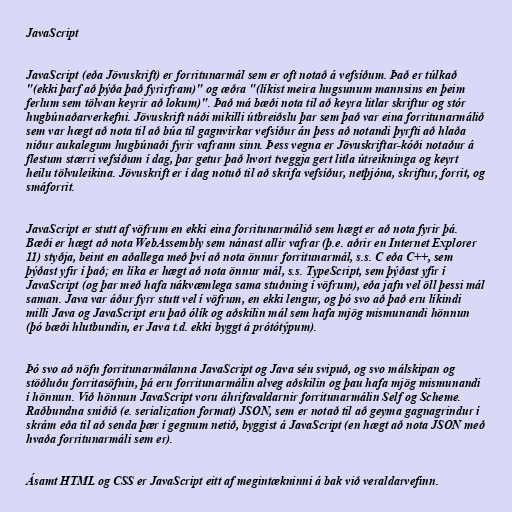
JavaScript

JavaScript (eða Jövuskrift) er forritunarmál sem er oft notað á vefsíðum. Það er túlkað
"(ekki þarf að þýða það fyrirfram)" og æðra "(líkist meira hugsunum mannsins en þeim
ferlum sem tölvan keyrir að lokum)". Það má bæði nota til að keyra litlar skriftur og stór
hugbúnaðarverkefni. Jövuskrift náði mikilli útbreiðslu þar sem það var eina forritunarmálið
sem var hægt að nota til að búa til gagnvirkar vefsíður án þess að notandi þyrfti að hlaða
niður aukalegum hugbúnaði fyrir vafrann sinn. Þess vegna er Jövuskriftar-kóði notaður á
flestum stærri vefsíðum í dag, þar getur það hvort tveggja gert litla útreikninga og keyrt
heilu tölvuleikina. Jövuskrift er í dag notuð til að skrifa vefsíður, netþjóna, skriftur, forrit, og
smáforrit.

JavaScript er stutt af vöfrum en ekki eina forritunarmálið sem hægt er að nota fyrir þá.
Bæði er hægt að nota WebAssembly sem nánast allir vafrar (þ.e. aðrir en Internet Explorer
11) styðja, beint en aðallega með því að nota önnur forritunarmál, s.s. C eða C++, sem
þýðast yfir í það; en líka er hægt að nota önnur mál, s.s. TypeScript, sem þýðast yfir í
JavaScript (og þar með hafa nákvæmlega sama stuðning í vöfrum), eða jafn vel öll þessi mál
saman. Java var áður fyrr stutt vel í vöfrum, en ekki lengur, og þó svo að það eru líkindi
milli Java og JavaScript eru það ólík og aðskilin mál sem hafa mjög mismunandi hönnun
(þó bæði hlutbundin, er Java t.d. ekki byggt á prótótýpum).

Þó svo að nöfn forritunarmálanna JavaScript og Java séu svipuð, og svo málskipan og
stöðluðu forritasöfnin, þá eru forritunarmálin alveg aðskilin og þau hafa mjög mismunandi
í hönnun. Við hönnun JavaScript voru áhrifavaldarnir forritunarmálin Self og Scheme.
Raðbundna sniðið (e. serialization format) JSON, sem er notað til að geyma gagnagrindur í
skrám eða til að senda þær í gegnum netið, byggist á JavaScript (en hægt að nota JSON með
hvaða forritunarmáli sem er).

Ásamt HTML og CSS er JavaScript eitt af megintækninni á bak við veraldarvefinn.